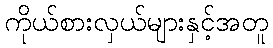
ကိုယ်စားလှယ်များနှင့်အတူ